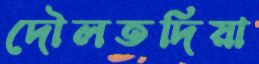
দৌলতদিয়া